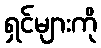
ရှင်များကို